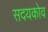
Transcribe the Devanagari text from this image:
सदयकोव